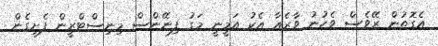
އެގޮތުން ރޭވެސް ވެހުނު ވާރެއާ އެކު އަމީނީ މަގު ފިނޭންސް މިނިސްޓްރީން ފެށިގެން